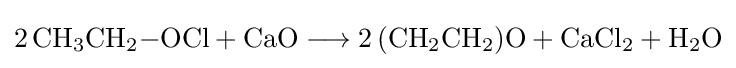
{2\,\mathrm {CH} {\vphantom {A}}_{\smash[{t}]{3}}\mathrm {CH} {\vphantom {A}}_{\smash[{t}]{2}}{-}\mathrm {OCl} {}+{}\mathrm {CaO} {}\mathrel {\longrightarrow } {}2\,(\mathrm {CH} {\vphantom {A}}_{\smash[{t}]{2}}\mathrm {CH} {\vphantom {A}}_{\smash[{t}]{2}})\mathrm {O} {}+{}\mathrm {CaCl} {\vphantom {A}}_{\smash[{t}]{2}}{}+{}\mathrm {H} {\vphantom {A}}_{\smash[{t}]{2}}\mathrm {O} }